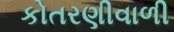
કોતરણીવાળી